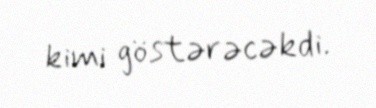
kimi göstərəcəkdi.